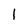
Character: l